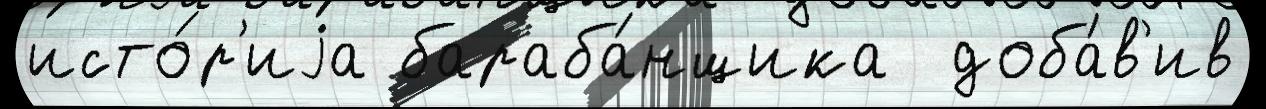
исто́р'иjа бараба́нщика  доба́в'ив